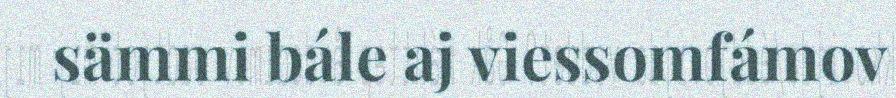
sämmi bále aj viessomfámov